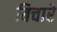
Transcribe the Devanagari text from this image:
बिचारे